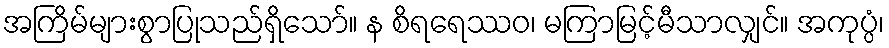
အကြိမ်များစွာပြုသည်ရှိသော်။ န စိရရေဿဝ၊ မကြာမြင့်မီသာလျှင်။ အကုပ္ပံ၊